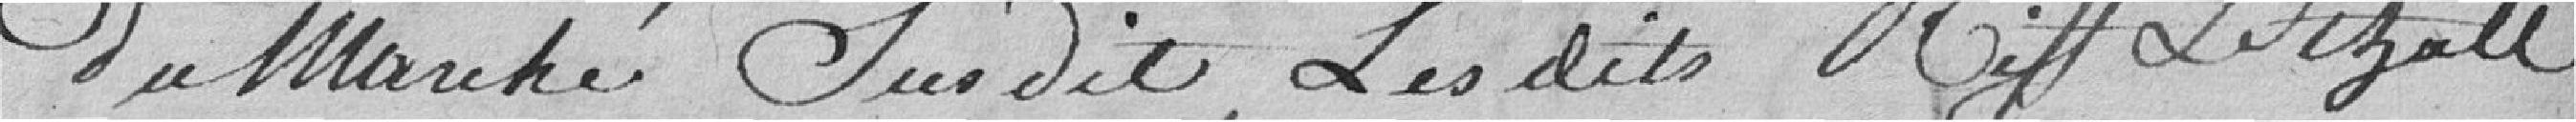
du marché susdit, les dit Riff Legall